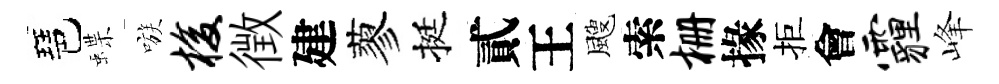
琶蝶嗾梭徴建蓼挺貳王颼索栅掾拒會霾峰